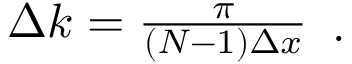
\begin{array} { r } { \Delta k = \frac { \pi } { \left( N - 1 \right) \Delta x } } \end{array} .